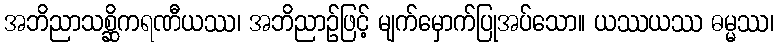
အဘိညာသစ္ဆိကရဏီယဿ၊ အဘိညာဉ်ဖြင့် မျက်မှောက်ပြုအပ်သော။ ယဿယဿ ဓမ္မဿ၊